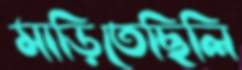
মাড়িতেছিলি